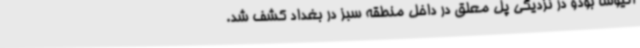
اتیوشا بودو در نزدیکی پل معلق در داخل منطقه سبز در بغداد کشف شد.